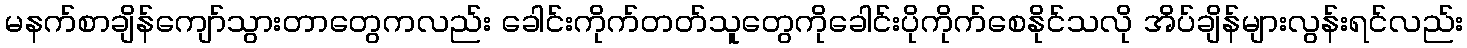
မနက်စာချိန်ကျော်သွားတာတွေကလည်း ခေါင်းကိုက်တတ်သူတွေကိုခေါင်းပိုကိုက်စေနိုင်သလို အိပ်ချိန်များလွန်းရင်လည်း